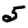
Digit: 5